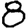
Digit: 8